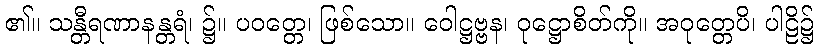
၏။ သန္တီရဏာနန္တရံ၊ ၌။ ပဝတ္တေ၊ ဖြစ်သော။ ဝေါဋ္ဌဗ္ဗန၊ ဝုဋ္ဌောစိတ်ကို။ အဝုတ္တေပိ၊ ပါဠိ၌